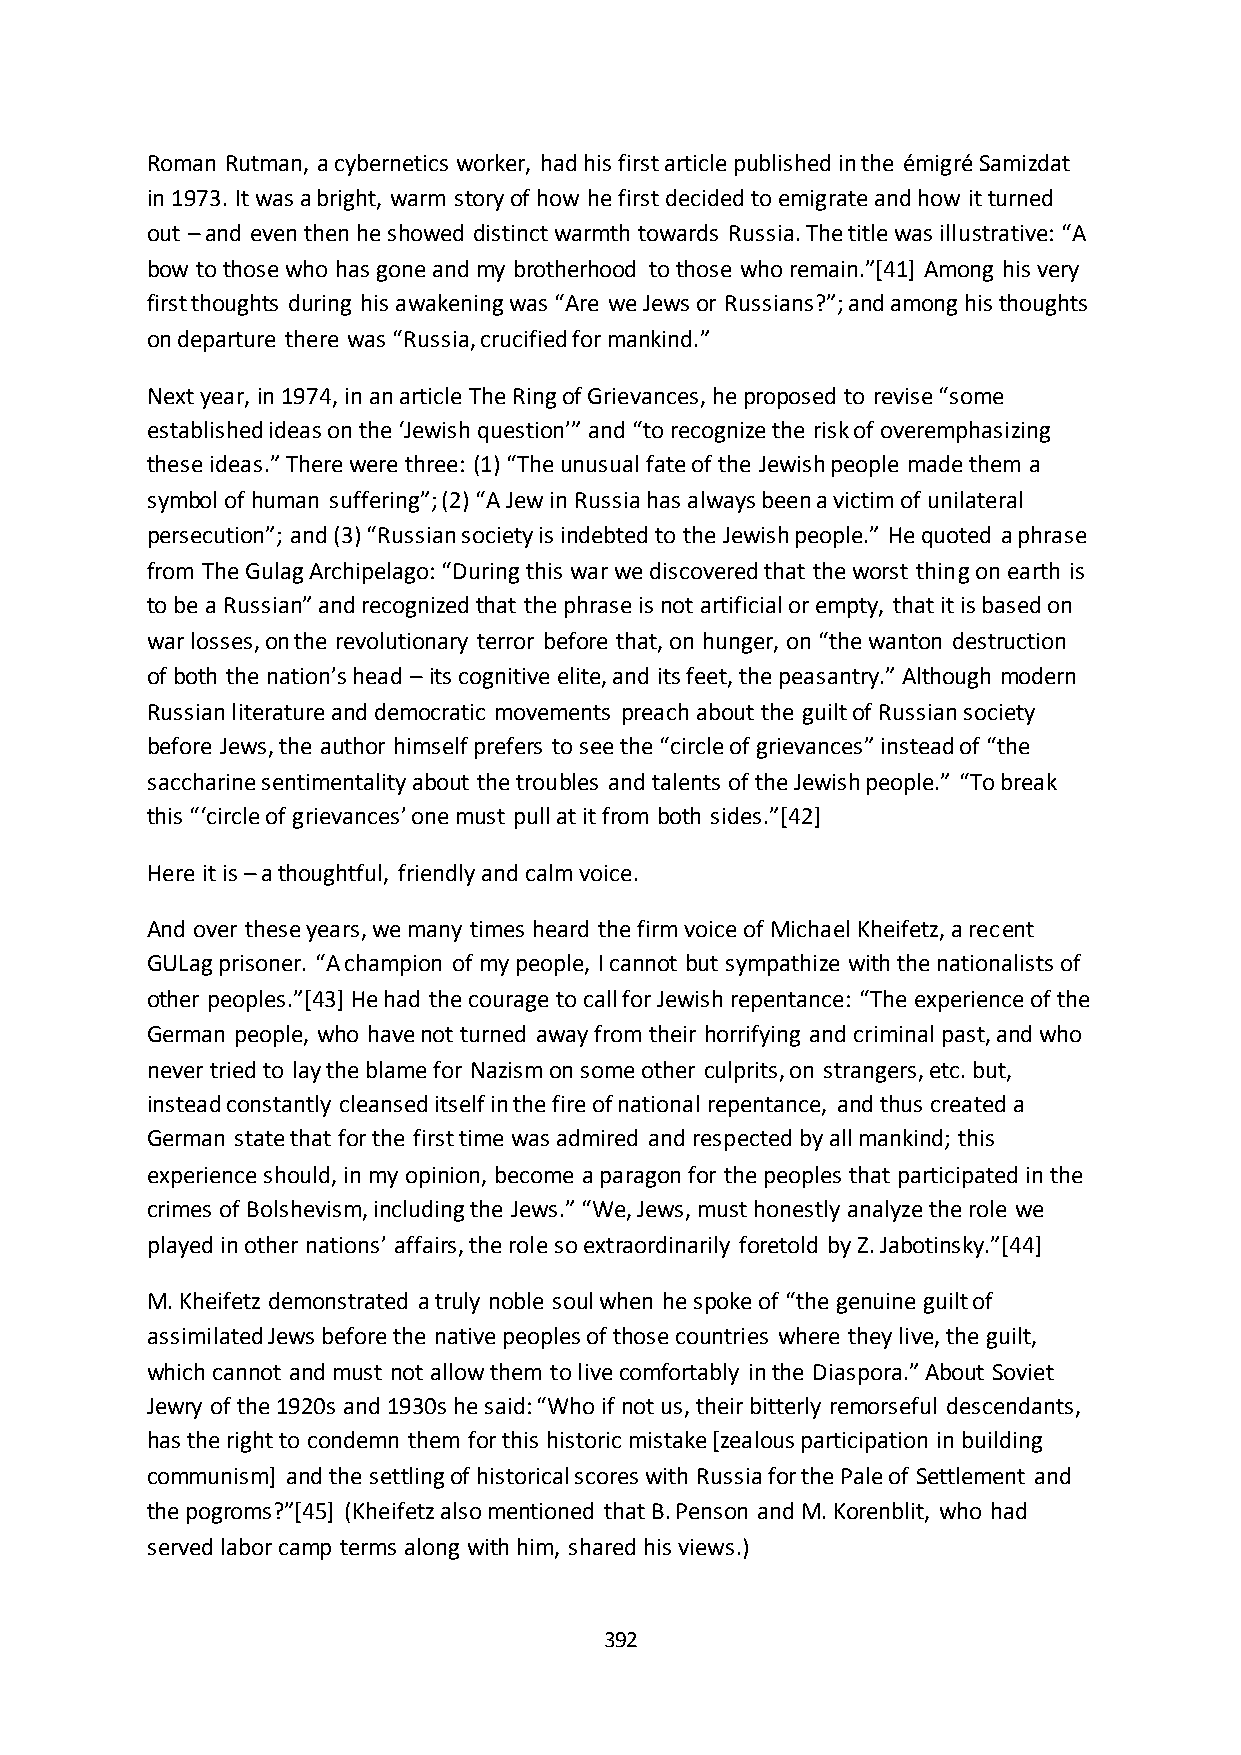
Roman Rutman, a cybernetics worker, had his first article published in the émigré Samizdat
 in 1973. It was a bright, warm story of how he first decided to emigrate and how it turned
 out – and even then he showed distinct warmth towards Russia. The title was illustrative: “A
 bow to those who has gone and my brotherhood to those who remain.”*41+ Among his very
 first thoughts during his awakening was “Are we Jews or Russians?”; and among his thoughts
 on departure there was “Russia, crucified for mankind.”
 Next year, in 1974, in an article The Ring of Grievances, he proposed to revise “some
 established ideas on the ‘Jewish question’” and “to recognize the risk of overemphasizing
 these ideas.” There were three: (1) “The unusual fate of the Jewish people made them a
 symbol of human suffering”; (2) “A Jew in Russia has always been a victim of unilateral
 persecution”; and (3) “Russian society is indebted to the Jewish people.” He quoted a phrase
 from The Gulag Archipelago: “During this war we discovered that the worst thing on earth is
 to be a Russian” and recognized that the phrase is not artificial or empty, that it is based on
 war losses, on the revolutionary terror before that, on hunger, on “the wanton destruction
 of both the nation’s head – its cognitive elite, and its feet, the peasantry.” Although modern
 Russian literature and democratic movements preach about the guilt of Russian society
 before Jews, the author himself prefers to see the “circle of grievances” instead of “the
 saccharine sentimentality about the troubles and talents of the Jewish people.” “To break
 this “‘circle of grievances’ one must pull at it from both sides.”*42+
 Here it is – a thoughtful, friendly and calm voice.
 And over these years, we many times heard the firm voice of Michael Kheifetz, a recent
 GULag prisoner. “A champion of my people, I cannot but sympathize with the nationalists of
 other peoples.”*43+ He had the courage to call for Jewish repentance: “The experience of the
 German people, who have not turned away from their horrifying and criminal past, and who
 never tried to lay the blame for Nazism on some other culprits, on strangers, etc. but,
 instead constantly cleansed itself in the fire of national repentance, and thus created a
 German state that for the first time was admired and respected by all mankind; this
 experience should, in my opinion, become a paragon for the peoples that participated in the
 crimes of Bolshevism, including the Jews.” “We, Jews, must honestly analyze the role we
 played in other nations’ affairs, the role so extraordinarily foretold by Z. Jabotinsky.”*44+
 M. Kheifetz demonstrated a truly noble soul when he spoke of “the genuine guilt of
 assimilated Jews before the native peoples of those countries where they live, the guilt,
 which cannot and must not allow them to live comfortably in the Diaspora.” About Soviet
 Jewry of the 1920s and 1930s he said: “Who if not us, their bitterly remorseful descendants,
 has the right to condemn them for this historic mistake [zealous participation in building
 communism] and the settling of historical scores with Russia for the Pale of Settlement and
 the pogroms?”*45+ (Kheifetz also mentioned that B. Penson and M. Korenblit, who had
 served labor camp terms along with him, shared his views.)
 392